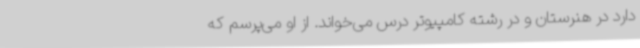
دارد در هنرستان و در رشته کامپیوتر درس می‌خواند. از او می‌پرسم که